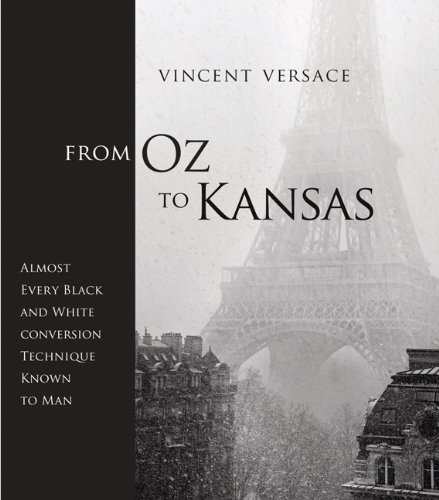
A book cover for From Oz to Kansas: Almost Every Black and White Conversion Technique Known to Man (Voices That Matter); Vincent Versace; Arts & Photography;